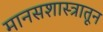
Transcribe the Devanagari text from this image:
मानसशास्त्रातून